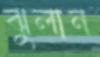
ঝুলান